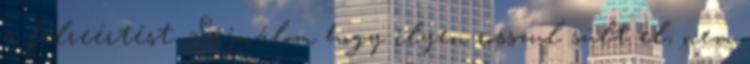
a félreértést. Sajnálom hogy ilyen rosszul sült el, nem